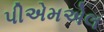
પીએમએલ